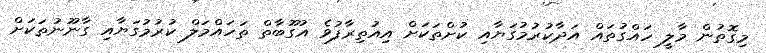
މިގޮތުން މާލީ ހައްގުތައް އަދާކުރުމުގަޔާއި ކުށްތަކަށް އިއުތިރާފުވެ އުގޫބާތް ތަހައްމަލް ކުރުމުގަޔާއި ގާނޫނުތަކަށް